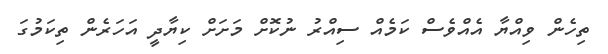
ތިހެން ވިއްޔާ އެއްވެސް ކަމެއް ސިއްރު ނުކޮށް މަށަށް ކިޔާދީ އަހަރެން ތިކަމުގަ